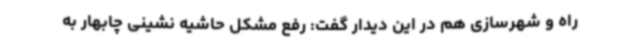
راه و شهرسازی هم در این دیدار گفت: رفع مشکل حاشیه نشینی چابهار به